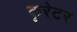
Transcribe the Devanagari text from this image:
कुरेटर